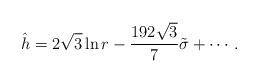
LaTeX: \begin{align*}\hat{h}=2\sqrt{3}\ln r -\frac{192\sqrt{3}}{7}\tilde{\sigma}+\cdots.\end{align*}